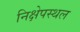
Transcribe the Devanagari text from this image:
निक्षेपस्थल